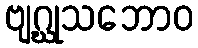
ဗျဂ္ဃုသဘောဝ